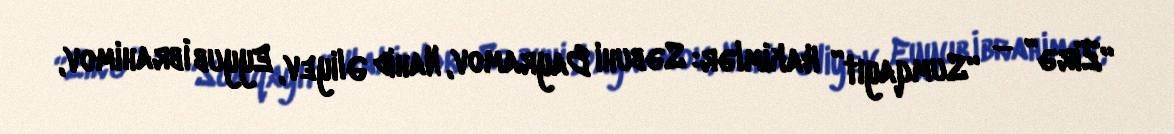
“Zirə” – “Sumqayıt” Hakimlər: Səbuhi Bayramov, Nahid Əliyev, Eyyub İbrahimov,